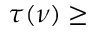
\tau ( \nu ) \geq